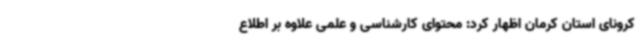
کرونای استان کرمان اظهار کرد: محتوای کارشناسی و علمی علاوه بر اطلاع